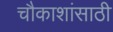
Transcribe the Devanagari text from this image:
चौकाशांसाठी